Supplement to the account of plague administration in the Bombay Presidency from September 1896 till May 1897
Year: 1896
Disease focus: Plague
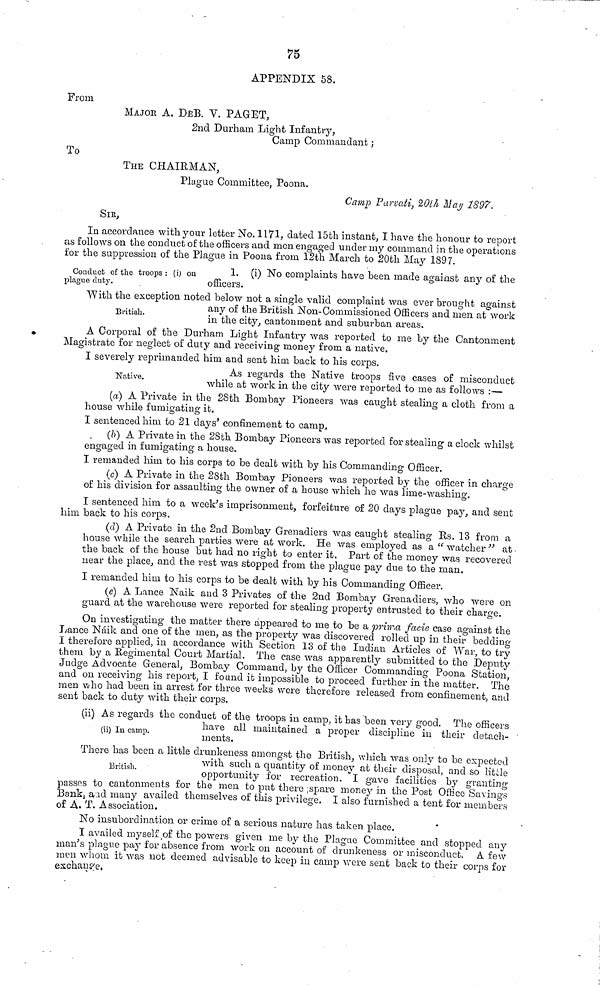
75
APPENDIX 58.
From
MAJOR A. DEB. Y. PAGET,
2nd Durham Light Infantry,
Camp Commandant ;
To
THE CHAIRMAN,
Plague Committee, Poona.
Camp Parvati, 20th May 1897.
SIR,
In accordance with your letter No. 1171, dated 15th instant, I have the honour to report
as follows on the conduct of the officers and men engaged under my command in the operations
for the suppression of the Plague in Poona from 12th March to 20th May 1897.
Conduct of the troops : (i) on
1.
(i) No complaints have been made against any of the
plague duty.
officers.
With the exception noted below not a single valid complaint was ever brought against
British.
any of the British Non-Commissioned Officers and men at work
in the city, cantonment and suburban areas.
A Corporal of the Durham Light Infantry was reported to me by the Cantonment
Magistrate for neglect of duty and receiving money from a native.
I severely reprimanded him and sent him back to his corps.
Native.
As regards the Native troops five cases of misconduct
while at work in the city were reported to me as follows :—
(a) A Private in the 28th Bombay Pioneers was caught stealing a cloth from a
house while fumigating it.
I sentenced him to 21 days' confinement to camp.
(b) A Private in the 28th Bombay Pioneers was reported for stealing a clock whilst
engaged in fumigating a house.
I remanded him to his corps to be dealt with by his Commanding Officer.
(c) A Private in the 28th Bombay Pioneers was reported by the officer in charge
of his division for assaulting the owner of a house which he was lime-washing.
I sentenced him to a week's imprisonment, forfeiture of 20 days plague pay, and sent
him back to his corps.
(d) A Private in the 2nd Bombay Grenadiers was caught stealing Rs. 13 from a
house while the search parties were at work. He was employed as a " watcher " at
the back of the house but had no right to enter it. Part of the money was recovered
near the place, and the rest was stopped from the plague pay due to the man.
I remanded him to his corps to be dealt with by his Commanding Officer.
(e) A Lance Naik and 3 Privates of the 2nd Bombay Grenadiers, who were on
guard at the warehouse were reported for stealing property entrusted to their charge.
On investigating the matter there appeared to me to be a prima facie case against the
Lance Náik and one of the men, as the property was discovered rolled up in their bedding
I therefore applied, in accordance with Section 13 of the Indian Articles of War, to try
them by a Regimental Court Martial. The case was apparently submitted to the Deputy
Judge Advocate General, Bombay Command, by the Officer Commanding Poona Station,
and on receiving his report, I found it impossible to proceed further in the matter. The
men who had been in arrest for three weeks were therefore released from confinement, and
sent back to duty with their corps.
(ii) As regards the conduct of the troops in camp, it has been very good. The officers
(ii) In camp.
have
all maintained a proper discipline in their detach-
ments.
There has been a little drunkeness amongst the British, which was only to be expected
British.
with
such a quantity of money at their disposal, and so little
opportunity for recreation. I gave facilities by granting
passes to cantonments for the men to put there spare money in the Post Office Savings
Bank, and many availed themselves of this privilege. I also furnished a tent for members
of A. T. Association.
No insubordination or crime of a serious nature has taken place.
I availed myself of the powers given me by the Plague Committee and stopped any
man's plague pay for absence from work on account of drunkeness or misconduct. A few
men whom it was not deemed advisable to keep in camp were sent back to their corps for
exchange.